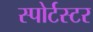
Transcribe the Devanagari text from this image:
स्पोर्टस्टर